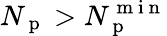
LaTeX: N_{\mathrm{~p~}}>N_{\mathrm{~p~}}^{\mathrm{~m~i~n~}}